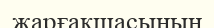
жарғақшасының